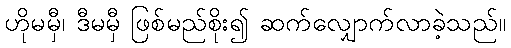
ဟိုမမှီ၊ ဒီမမှီ ဖြစ်မည်စိုး၍ ဆက်လျှောက်လာခဲ့သည်။